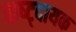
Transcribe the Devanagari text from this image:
कष्ट्दायक